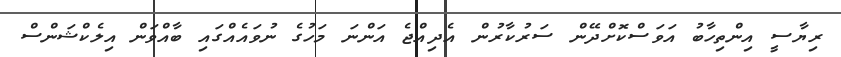
ރިޔާސީ އިންތިހާބު އަވަސްކޮށްދޭން ސަރުކާރުން އެދިއްޖެ އަންނަ މަހުގެ ނުވައެއްގައި ބާއްވަން އިލެކްޝަންސް